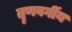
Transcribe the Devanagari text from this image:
तॄणवर्गीय